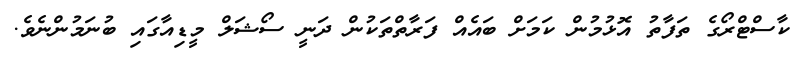
ކާސްޓްރޯގެ ތަފާތު އޮޅުމުން ކަމަށް ބައެއް ފަރާތްތަކުން ދަނީ ސޯޝަލް މީޑިއާގައި ބުނަމުންނެވެ.